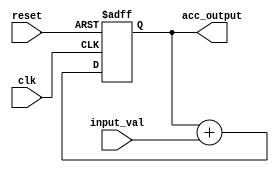
module accumulator (
    input wire clk,
    input wire reset,
    input wire [15:0] input_val,
    output reg [23:0] acc_output
);

reg [23:0] accumulator;

always @(posedge clk or posedge reset) begin
    if (reset) begin
        accumulator <= 0;
    end else begin
        accumulator <= accumulator + input_val;
    end
end

assign acc_output = accumulator;

endmodule